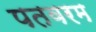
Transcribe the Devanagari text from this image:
पतवरम